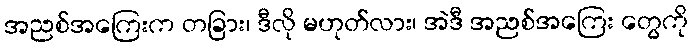
အညစ်အကြေးက တခြား၊ ဒီလို မဟုတ်လား၊ အဲဒီ အညစ်အကြေး တွေကို